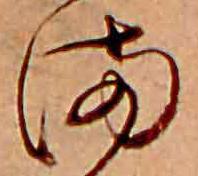
ま